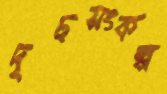
দৃঢ়সংকল্প